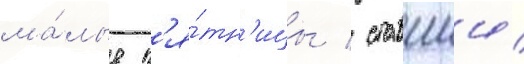
ма́лые п'я́тн'ицы / ставшии